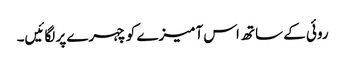
روئی کے ساتھ اس آمیزے کو چہرے پر لگائیں۔